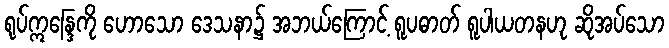
ရုပ်ဣန္ဒြေကို ဟောသော ဒေသနာ၌ အဘယ်ကြောင့် ရူပဓာတ် ရူပါယတနဟု ဆိုအပ်သော